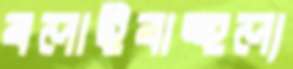
বলাইবাহুল্য